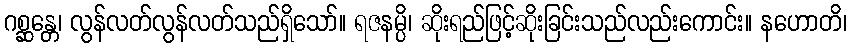
ဂစ္ဆန္တေ၊ လွန်လတ်လွန်လတ်သည်ရှိသော်။ ရဇနမ္ပိ၊ ဆိုးရည်ဖြင့်ဆိုးခြင်းသည်လည်းကောင်း။ နဟောတိ၊